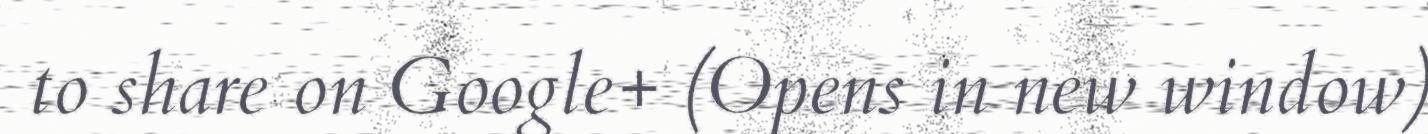
to share on Google+ (Opens in new window)